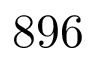
8 9 6